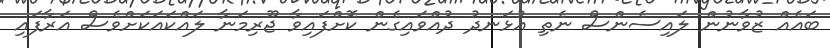
ބައެއް ޒުވާނުން ލައިސެންސް ނެތި އުޅަނދު ދުއްވައިގެން ކޮށްފައިވާ ޖޫރިމަނާ ލައްކައަކަށްވެސް އަރާފައި